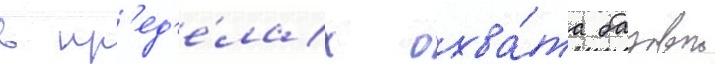
в пр'ед'е́лах охва́та базовои